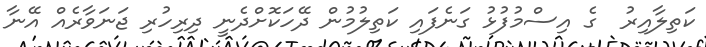
ކަތިލާއިރު  ގެ އިސްމުފުޅު ގަނެފައި ކަތިލުމުން ދޭހަކޮށްދެނީ ދިރިހުރި ޖަނަވާރެއް އޭނާ